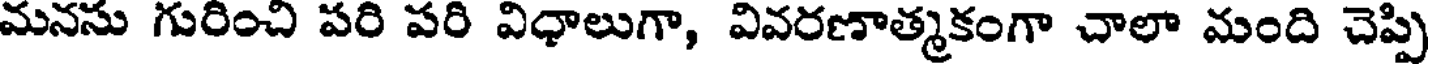
మనసు గురించి పరి పరి విధాలుగా, వివరణాత్మకంగా చాలా మంది చెప్పి